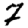
Digit: 7